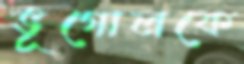
ভূগোলকে